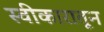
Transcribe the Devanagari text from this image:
स्वीकारातून